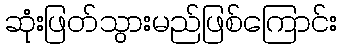
ဆုံးဖြတ်သွားမည်ဖြစ်ကြောင်း